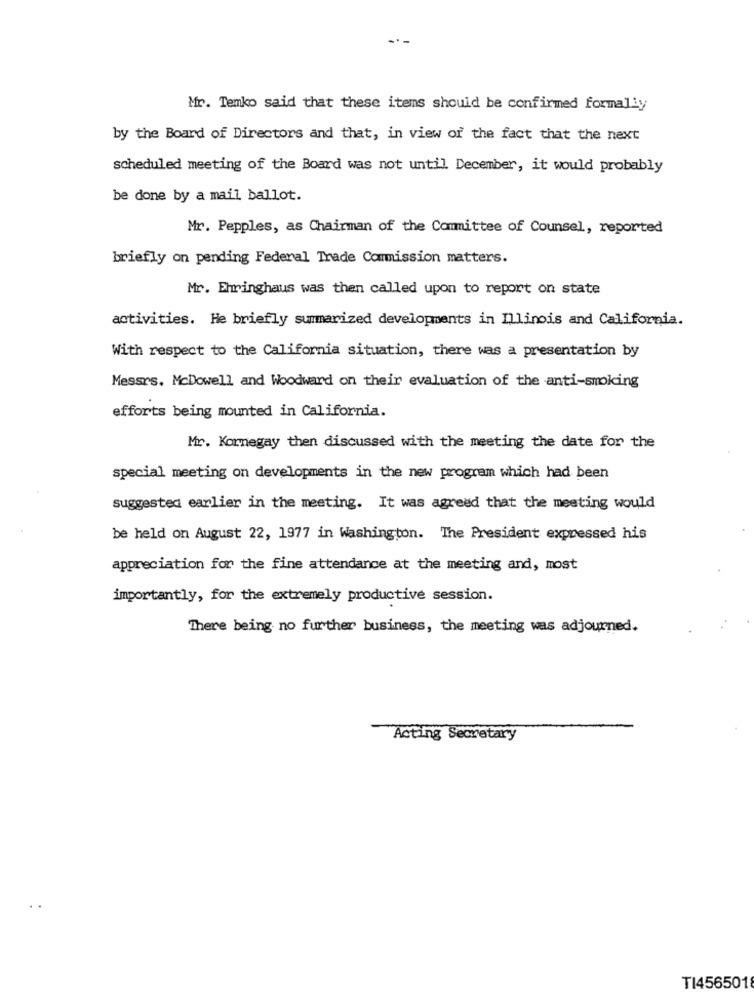
Mr. Temko said that these items should be confirmed formally
by the Board of Directors and that, in view of the fact that the next
scheduled meeting of the Board was not until. December, it would probably
be done by a mail ballot.
Mr. Pepples, as Chairman of the Committee of Counsel, reported
briefly on pending Federal Trade Commission matters.
Mr. Ehringhaus was then called upon to report on state
activities. He briefly summarized developments in Illinois and California.
With respect to the California situation, there was a presentation by
Messrs. McDowell and Woodward on their evaluation of the anti-smoking
efforts being mounted in California.
Mr. Kornegay then discussed with the meeting the date for the
special meeting on developments in the new program which had been
suggested earlier in the meeting. It was agreed that the meeting would
be held on August 22, 1977 in Washington. The President expressed his
appreciation for the fine attendance at the meeting and, most
importantly, for the extremely productive session.
There being no further business, the meeting was adjourned.
Acting Secretary
TI4565018